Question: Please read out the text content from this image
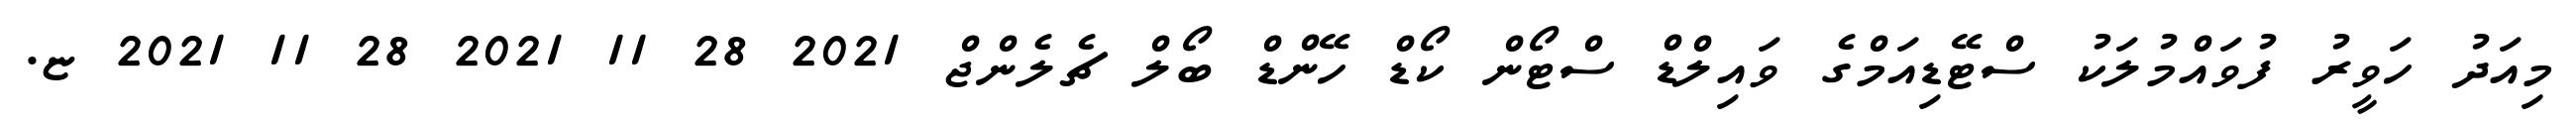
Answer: މިއަދު ހަވީރު ފުވައްމުލަކު ސްޓޭޑިއަމްގެ ވައިލްޑް ސްޓޯން ކޯޑް ހޭންޑް ބޯލް ޗެލެންޖް 2021 28 11 2021 28 11 2021 ޏ.